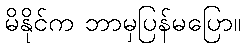
မိနိုင်က ဘာမှပြန်မပြော။